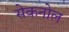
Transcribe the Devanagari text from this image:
सेकनोल